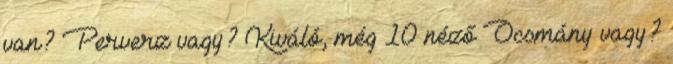
van? Perverz vagy? Kiváló, még 10 néző Ocsmány vagy?